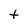
Character: t